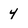
Character: 4